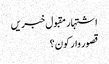
اشتہار	مقبول خبریں
قصور وار کون؟